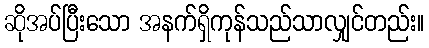
ဆိုအပ်ပြီးသော အနက်ရှိကုန်သည်သာလျှင်တည်း။